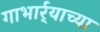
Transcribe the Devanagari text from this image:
गाभार्र्‍याच्या